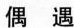
偶 遇